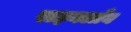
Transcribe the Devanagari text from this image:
राइनलाँघ